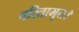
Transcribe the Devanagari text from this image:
चरितामृत।